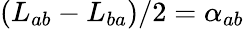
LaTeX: (L_{ab}-L_{ba})/2=\alpha_{ab}